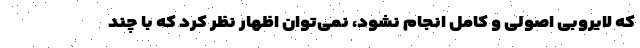
که لایروبی اصولی و کامل انجام نشود، نمی‌توان اظهار نظر کرد که با چند